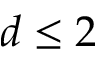
d \le 2